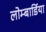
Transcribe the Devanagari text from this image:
लोम्बार्डिया